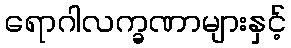
ရောဂါလက္ခဏာများနှင့်